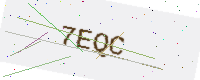
Text: 7EQC